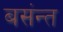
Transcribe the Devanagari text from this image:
बसंन्त